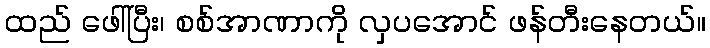
ထည် ဖေါ်ပြီး၊ စစ်အာဏာကို လှပအောင် ဖန်တီးနေတယ်။